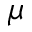
\mu